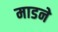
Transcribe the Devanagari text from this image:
माडने